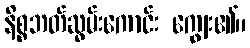
နိစ္စဘတ်ဆွမ်းကောင်း ကျွေး၏။